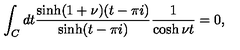
\int _ { C } d t \frac { \sinh ( 1 + \nu ) ( t - \pi i ) } { \sinh ( t - \pi i ) } \frac { 1 } { \cosh \nu t } = 0 ,